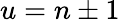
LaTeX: u=n\pm 1